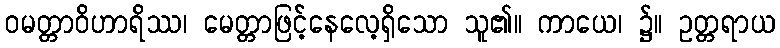
ဝမတ္တာဝိဟာရိဿ၊ မေတ္တာဖြင့်နေလေ့ရှိသော သူ၏။ ကာယေ၊ ၌။ ဥတ္တရာယ